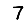
Digit: 7